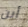
أين